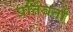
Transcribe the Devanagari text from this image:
प्रर्तिवर्तों